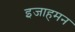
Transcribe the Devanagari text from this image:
इजाहमन